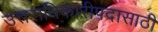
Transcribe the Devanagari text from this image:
उत्तराधिकारीपदासाठी